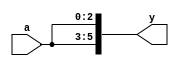
/* Generated by Yosys 0.32+51 (git sha1 6405bbab1, gcc 12.3.0-1ubuntu1~22.04 -fPIC -Os) */

module mult8(a, y);
  input [2:0] a;
  wire [2:0] a;
  output [5:0] y;
  wire [5:0] y;
  assign y = { a, a };
endmodule